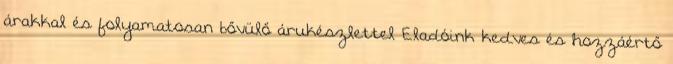
árakkal és folyamatosan bővülő árukészlettel Eladóink kedves és hozzáértő